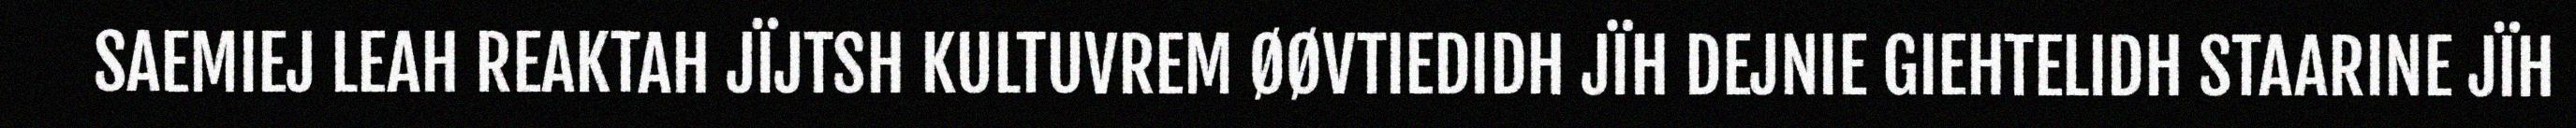
SAEMIEJ LEAH REAKTAH JÏJTSH KULTUVREM ØØVTIEDIDH JÏH DEJNIE GIEHTELIDH STAARINE JÏH